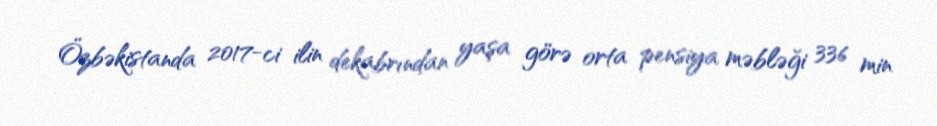
Özbəkistanda 2017-ci ilin dekabrından yaşa görə orta pensiya məbləği 336 min